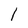
Character: 1